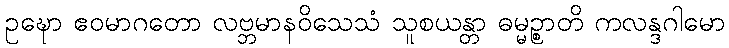
ဥဍ္ဎော ဧဝမာဂတော လဗ္ဘမာနဝိသေသံ သူစယန္တာ ဓမ္မဉ္စာတိ ကလန္ဒဂါမော